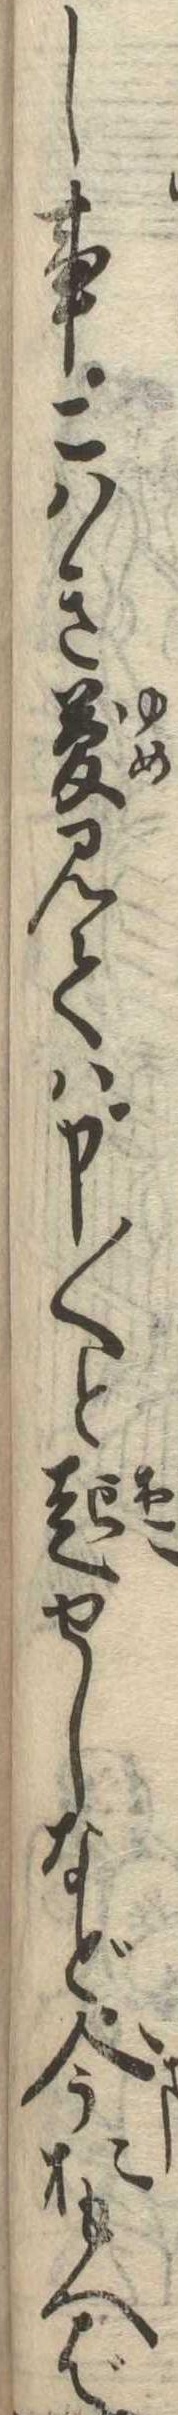
し事こはき夢見ては申〱と起せしなど今おもへば